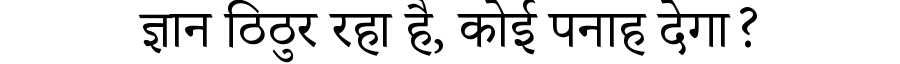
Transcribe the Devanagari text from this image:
ज्ञान ठिठुर रहा है, कोई पनाह देगा?